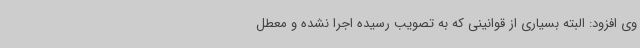
وی افزود: البته بسیاری از قوانینی که به تصویب رسیده اجرا نشده و معطل